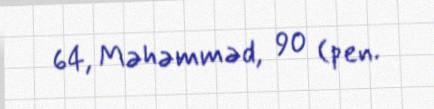
64, Məhəmməd, 90 (pen.